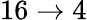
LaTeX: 16\rightarrow 4